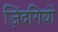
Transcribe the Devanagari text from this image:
ज़िंदगियों